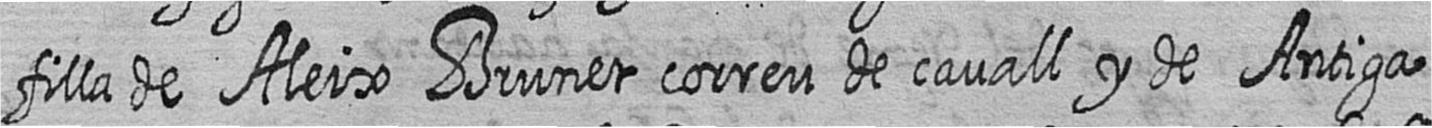
filla de Aleix Brunet correu de cavall y de Antiga